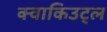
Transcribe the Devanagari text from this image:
क्वाकिउट्ल